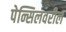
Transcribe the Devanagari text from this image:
पेन्सिलवरील